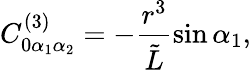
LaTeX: C_{0\alpha_{1}\alpha_{2}}^{(3)}=-\frac{r^{3}}{{\tilde{L}}}\sin{\alpha_{1}},